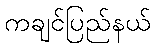
ကချင်ပြည်နယ်